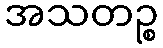
အသတဉ္စ